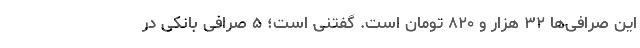
این صرافی‌ها ۳۲ هزار و ۸۲۰ تومان است. گفتنی است؛ ۵ صرافی بانکی در